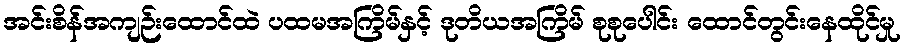
အင်းစိန်အကျဉ်းထောင်ထဲ ပထမအကြိမ်နှင့် ဒုတိယအကြိမ် စုစုပေါင်း ထောင်တွင်းနေထိုင်မှု